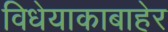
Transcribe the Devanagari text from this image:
विधेयाकाबाहेर